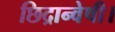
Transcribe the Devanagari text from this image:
छिद्रान्वेषी।